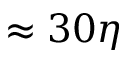
\approx 3 0 \eta